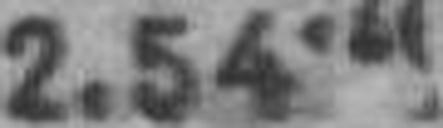
2.54.###